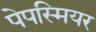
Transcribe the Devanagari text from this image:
पेपस्मियर